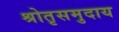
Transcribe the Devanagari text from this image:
श्रोतृसमुदाय